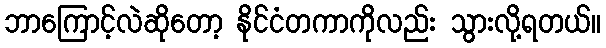
ဘာကြောင့်လဲဆိုတော့ နိုင်ငံတကာကိုလည်း သွားလို့ရတယ်။